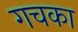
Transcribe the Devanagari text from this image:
गचका